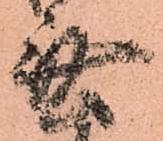
無